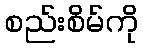
စည်းစိမ်ကို